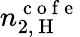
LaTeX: n_{2,\mathrm{~H~}}^{\mathrm{~c~o~f~e~}}